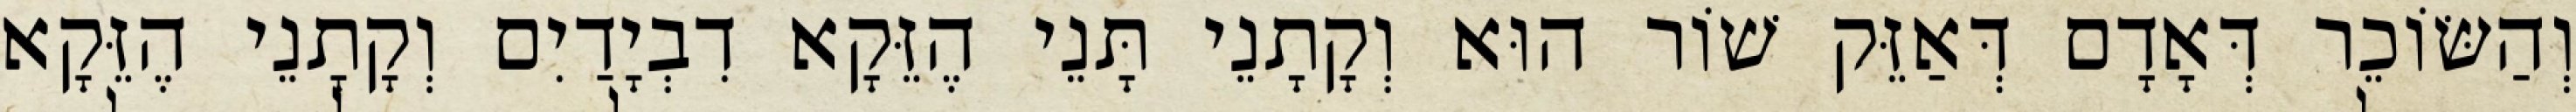
וְהַשּׂוֹכֵר דְּאָדָם דְּאַזֵּק שׁוֹר הוּא וְקָתָנֵי תָּנֵי הֶזֵּקָא דִבְיָדַיִם וְקָתָנֵי הֶזֵּקָא